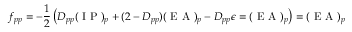
f _ { p p } = - \frac { 1 } { 2 } \left( D _ { p p } ( \mathrm { ~ I ~ P ~ } ) _ { p } + ( 2 - D _ { p p } ) ( \mathrm { ~ E ~ A ~ } ) _ { p } - D _ { p p } \epsilon = ( \mathrm { ~ E ~ A ~ } ) _ { p } \right) = ( \mathrm { ~ E ~ A ~ } ) _ { p }